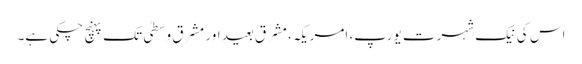
اس کی نیک شہرت یورپ، امریکہ، مشرق بعید اور مشرق وسطیٰ تک پہنچ چکی ہے۔